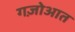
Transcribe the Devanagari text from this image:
गज़ोआत